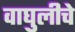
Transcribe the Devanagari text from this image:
वाघुलीचे